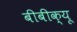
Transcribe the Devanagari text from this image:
बीबीक्यू